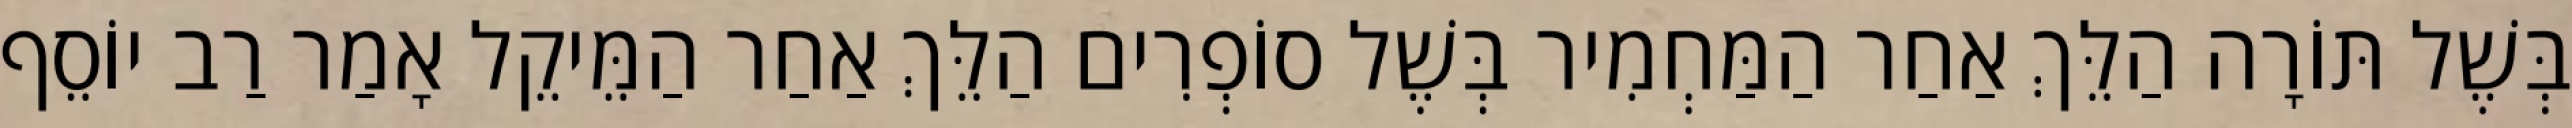
בְּשֶׁל תּוֹרָה הַלֵּךְ אַחַר הַמַּחְמִיר בְּשֶׁל סוֹפְרִים הַלֵּךְ אַחַר הַמֵּיקֵל אָמַר רַב יוֹסֵף